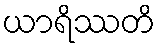
ယာရိဿတိ